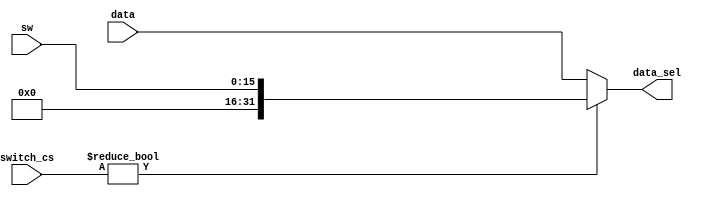
`timescale 1ns / 1ps
//////////////////////////////////////////////////////////////////////////////////
// Company: 
// Engineer: 
// 
// Design Name: 
// Module Name: sw_mem_sel
// Project Name: 
// Target Devices: 
// Tool Versions: 
// Description: 
// 
// Dependencies: 
// 
// Revision:
// Revision 0.01 - File Created
// Additional Comments:
// 
//////////////////////////////////////////////////////////////////////////////////

module sw_mem_sel(
    input [31:0] switch_cs,
	 input [15:0] sw,
	 input [31:0] data,
	 output [31:0] data_sel
    );

    assign data_sel = (switch_cs) ? {16'b0, sw[15:0]} : data;
endmodule